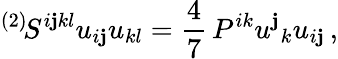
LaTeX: {}^{(2)}\! S^{i\mathbf{j}kl}u_{i\mathbf{j}}u_{kl}=\frac{4}{7}\, P^{ik}u^{\mathbf{j}}{}_{k}u_{i\mathbf{j}}\, ,